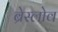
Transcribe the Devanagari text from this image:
ब्रेस्लोव